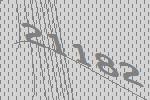
21182